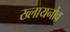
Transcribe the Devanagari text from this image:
ख्लायनोव